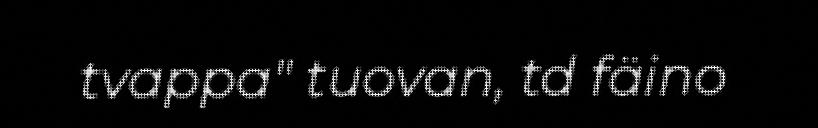
tvappa" tuovan, td fäino